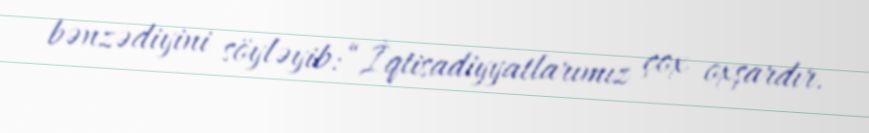
bənzədiyini söyləyib: “İqtisadiyyatlarımız çox oxşardır.